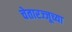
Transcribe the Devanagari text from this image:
चेतारज्जूच्या